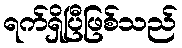
ရက်ရှိပြီဖြစ်သည်